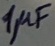
Text: 1µF